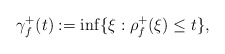
\begin{align*}\gamma _{f}^{+}(t):=\inf \{\xi :\rho _{f}^{+}(\xi )\leq t\}, \end{align*}